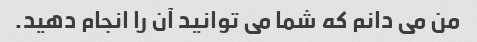
من می دانم که شما می توانید آن را انجام دهید.